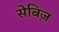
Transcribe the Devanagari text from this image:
सेबिज़